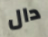
دال